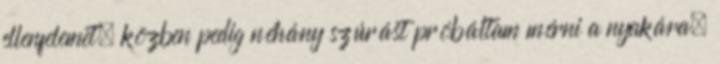
ellenfelemet, közben pedig néhány szúrást próbáltam mérni a nyakára.